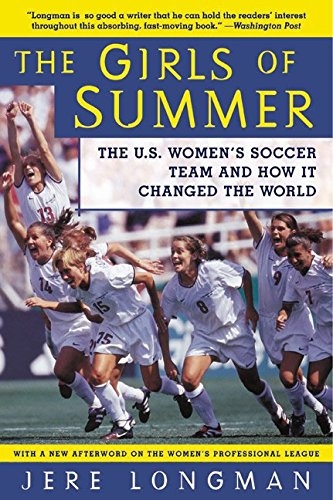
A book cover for The Girls of Summer: The U.S. Women's Soccer Team and How It Changed the World; Jere Longman; Sports & Outdoors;